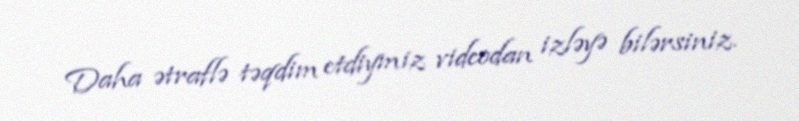
Daha ətraflə təqdim etdiymiz videodan izləyə bilərsiniz.